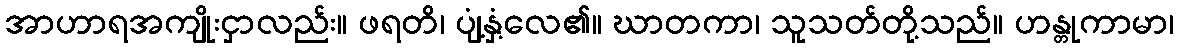
အာဟာရအကျိုးငှာလည်း။ ဖရတိ၊ ပျံ့နှံ့လေ၏။ ဃာတကာ၊ သူသတ်တို့သည်။ ဟန္တုကာမာ၊